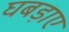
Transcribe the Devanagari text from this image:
घबड़ाए